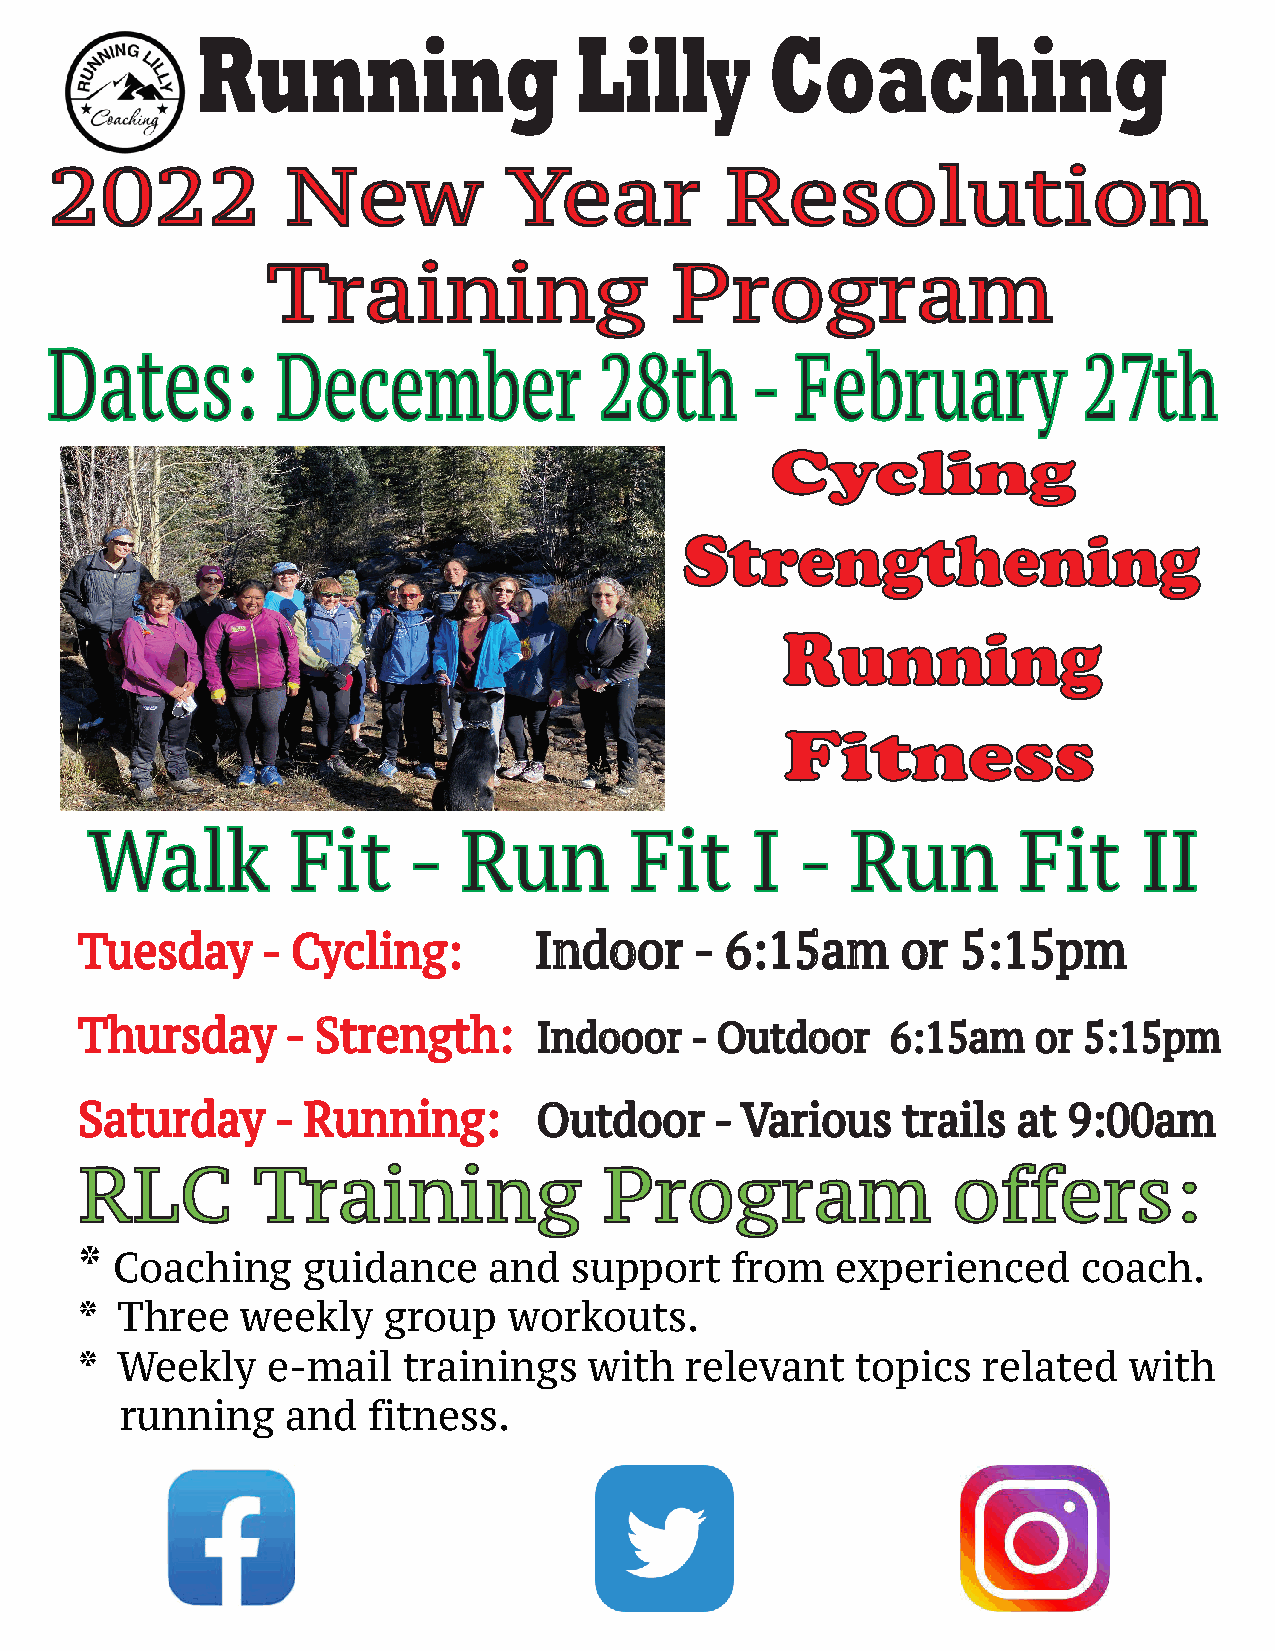
Running                  Lilly        Coaching
 2022            New            Year          Resolution
 Training                  Program
 Dates:         December              28th      -  February           27th
 Cycling
 Strengthening
 Running
 Fitness
 Walk         Fit     -  Run         Fit     I  -  Run        Fit      II
 Tuesday     - Cycling:        Indoor     - 6:15am      or  5:15pm
 Thursday      - Strength:      Indooor   - Outdoor    6:15am    or 5:15pm
 Saturday     - Running:        Outdoor    - Various    trails at  9:00am
 RLC         Training               Program                offers:
 * Coaching     guidance    and   support   from   experienced      coach.
 *  Three   weekly   group    workouts.
 *  Weekly    e-mail   trainings   with  relevant    topics  related   with
 running    and  fitness.